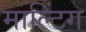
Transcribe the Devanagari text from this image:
माल्टिंग